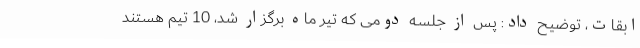
ابقات، توضیح داد: پس از جلسه دومی که تیر ماه برگزار شد، 10 تیم هستند